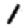
Digit: 1